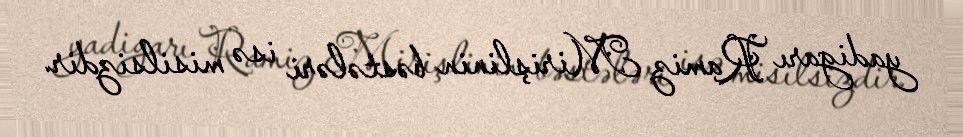
yadigarı Ramiz Mirişlinin bəstələri isə misilsizdir.